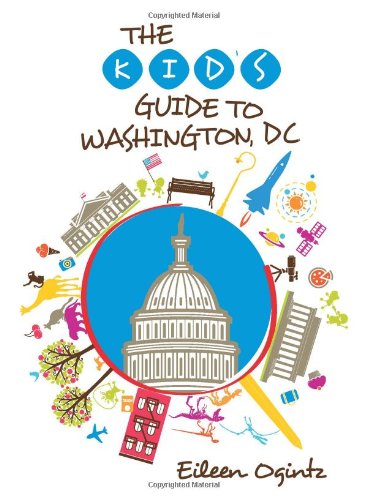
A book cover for Kid's Guide to Washington, DC (Kid's Guides Series); Eileen Ogintz; Children's Books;